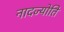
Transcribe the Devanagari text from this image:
नादज्योति